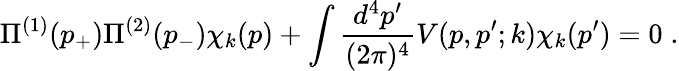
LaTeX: \Pi^{(1)}(p_{+})\Pi^{(2)}(p_{-})\chi_{k}(p)+\int{\frac{d^{4}p^{\prime}}{(2\pi)^{4}}}V(p,p^{\prime};k)\chi_{k}(p^{\prime})=0\; .